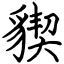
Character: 䝟